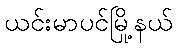
ယင်းမာပင်မြို့နယ်